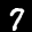
Label: 7